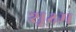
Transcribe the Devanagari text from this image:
शूक्ष्म